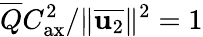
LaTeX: \overline{{Q}}C_{\mathrm{ax}}^{2}/\Vert\overline{{\mathbf{u}_{2}}}\Vert^{2}=1